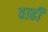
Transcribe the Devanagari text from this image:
वाढी